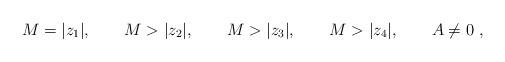
LaTeX: \begin{align*}M= |z_1|, \qquad M> |z_2|, \qquad M>|z_3|, \qquad M> |z_4| , \qquad A \neq 0 \ ,\end{align*}